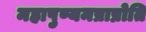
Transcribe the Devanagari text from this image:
महापुण्यमप्राप्नोति